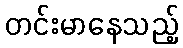
တင်းမာနေသည့်